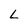
Character: L